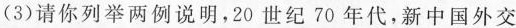
(3)请你列举两例说明，20世纪70年代，新中国外交